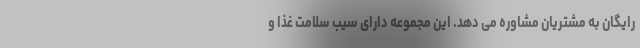
رایگان به مشتریان مشاوره می دهد. این مجموعه دارای سیب سلامت غذا و